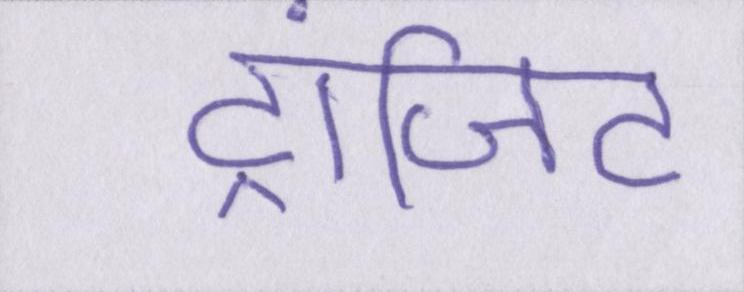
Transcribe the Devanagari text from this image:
ट्रांजिट